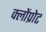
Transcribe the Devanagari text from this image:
क्लोंप्रोट